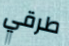
طرقي